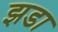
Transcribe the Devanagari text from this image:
झडा